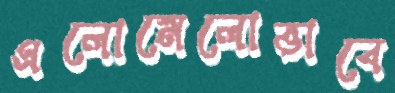
এলোমেলোভাবে